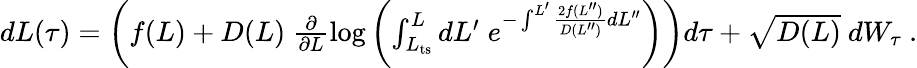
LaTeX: \begin{array}{r}{dL(\tau)=\left(f(L)+D(L)\ \frac{\partial}{\partial L}\log\left(\int_{L_{\mathrm{ts}}}^{L}dL^{\prime}\; e^{-\int^{L^{\prime}}\frac{2f(L^{\prime\prime})}{D(L^{\prime\prime})}dL^{\prime\prime}}\right)\right)d\tau+\sqrt{D(L)}\ dW_{\tau}\ .}\end{array}